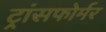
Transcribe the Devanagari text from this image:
ट्रांसफोर्मर